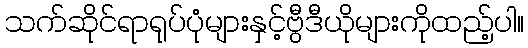
သက်ဆိုင်ရာရုပ်ပုံများနှင့်ဗွီဒီယိုများကိုထည့်ပါ။